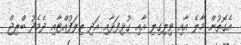
އެގޮތުން މާލެ އާއި ވިލިގިލި އާއި ގުޅިފަޅާއި އަދި ތިލަފުއްޓާއި ދެމެދު ބްރިޖް